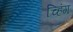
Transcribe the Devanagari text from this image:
च्हिंग